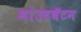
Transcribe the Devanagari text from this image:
मांउटबॅटन